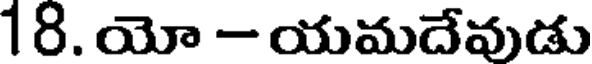
18. యో - యమదేవుడు